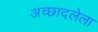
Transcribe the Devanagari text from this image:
अच्छादलेला